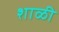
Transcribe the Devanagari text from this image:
शाळी